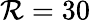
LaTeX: \mathcal{R}=30